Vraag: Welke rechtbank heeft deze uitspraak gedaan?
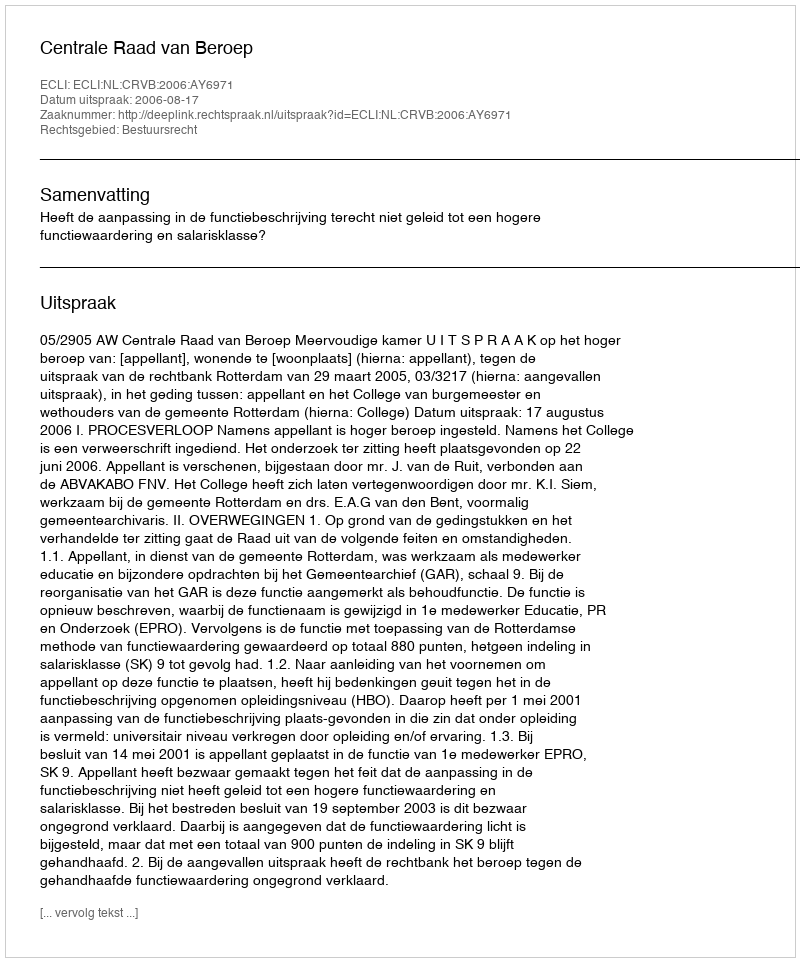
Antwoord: Centrale Raad van Beroep